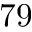
7 9